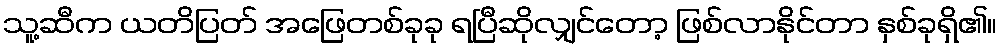
သူ့ဆီက ယတိပြတ် အဖြေတစ်ခုခု ရပြီဆိုလျှင်တော့ ဖြစ်လာနိုင်တာ နှစ်ခုရှိ၏။